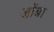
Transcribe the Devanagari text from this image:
जोंबा